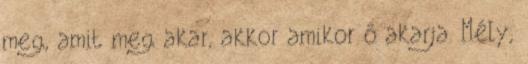
meg, amit meg akar, akkor amikor ő akarja. Mély,